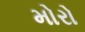
મોરો